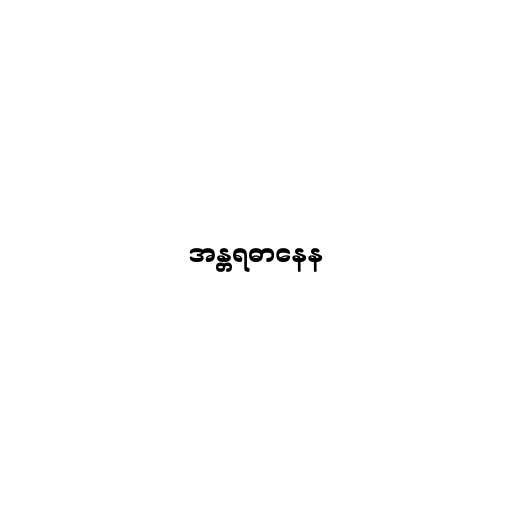
အန္တရဓာနေန